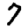
Digit: 7